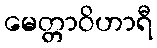
မေတ္တာဝိဟာရီ